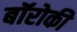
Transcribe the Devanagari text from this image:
बॉरोकी